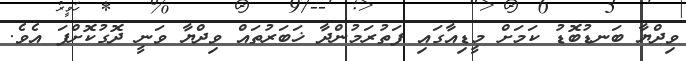
ވިދްޔާ ބަނޑުބޮޑު ކަމަށް މީޑިއާގައި ފަތުރަމުންދާ ޚަބަރުތައް ވިދްޔާ ވަނީ ދޮގުކޮށްފަ އެވެ.